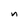
Character: n